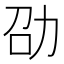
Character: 劭